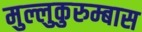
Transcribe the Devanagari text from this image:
मुल्लुकुरुम्बास